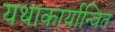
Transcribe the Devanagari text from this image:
यथाकार्यान्वित